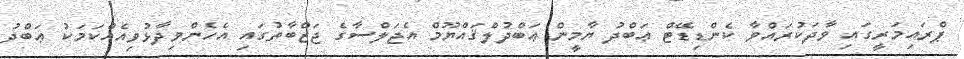
ޕްރައިމަރީގައި ވާދަކުރައްވާ ކެންޑިޑޭޓް ޢަބްދު ޔާމީން ޢަބްދުލްޤައްޔޫމް އެޖަލްސާގެ ޖަޒްބާތުގައި އެހެންވިދާޅުވިއެއްކަމަކު ޢަބްދު